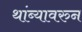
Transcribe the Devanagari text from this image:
थांब्यावरुन